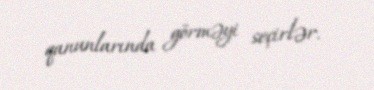
qanunlarında görməyi seçirlər.